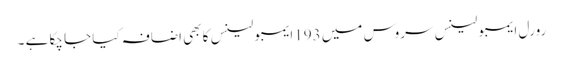
رورل ایمبولینس سروس میں 193ایمبولینس کا بھی اضافہ کیا جا چکا ہے ۔